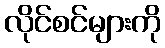
လိုင်စင်များကို